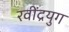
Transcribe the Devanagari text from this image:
रवींद्रयुग